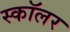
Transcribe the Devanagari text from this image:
स्‍कॉलर